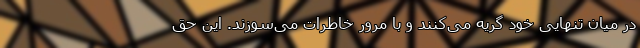
در میان تنهایی خود گریه می‌کنند و با مرور خاطرات می‌سوزند. این حق